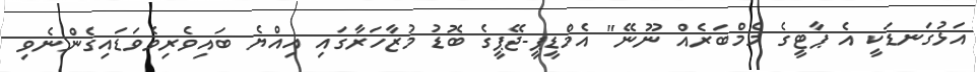
އަޅުގަނޑަކީ އެ ޕާޓީގެ މެމްބަރެއް ނޫނޭ" އެމްޑީޕީ-ޖޭޕީގެ ބޮޑު މުޒާހަރާގައި އިއްޔެ ބައިވެރިވެވަޑައިގެންނެވި